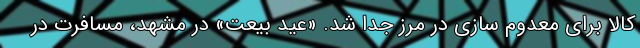
کالا برای معدوم سازی در مرز جدا شد. «عید بیعت» در مشهد، مسافرت در